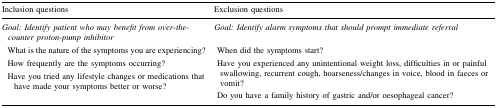
<table><thead><tr><td><b>Inclusion questions</b></td><td><b>Exclusion questions</b></td></tr></thead><tbody><tr><td><i>Goal: Identify patient who may benefit from over</i>-<i>the</i>-<i>counter proton</i>-<i>pump inhibitor</i></td><td><i>Goal: Identify alarm symptoms that should prompt immediate referral</i></td></tr><tr><td> What is the nature of the symptoms you are experiencing? How frequently are the symptoms occurring? Have you tried any lifestyle changes or medications that have made your symptoms better or worse?</td><td> When did the symptoms start? Have you experienced any unintentional weight loss, difficulties in or painful swallowing, recurrent cough, hoarseness/changes in voice, blood in faeces or vomit? Do you have a family history of gastric and/or oesophageal cancer?</td></tr></tbody></table>